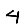
Digit: 4